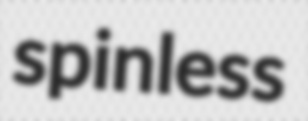
spinless